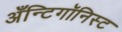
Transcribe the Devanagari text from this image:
अँन्टिगॉनिस्ट